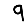
Digit: 9